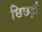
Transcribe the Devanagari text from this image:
छिछड़ी